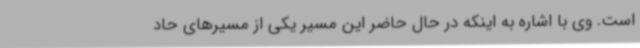
است. وی با اشاره به اینکه در حال حاضر این مسیر یکی از مسیرهای حاد